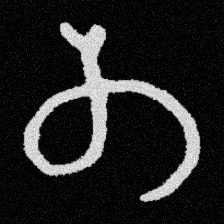
Pyu character \u2014 Myanmar letter: တ (romanized: ta)